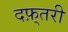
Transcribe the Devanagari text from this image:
दफ़्तरी